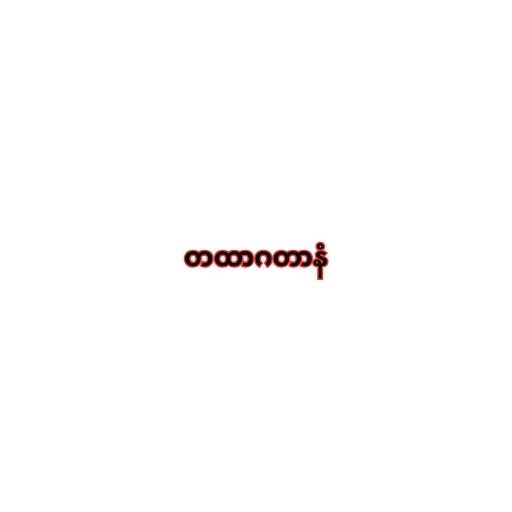
တထာဂတာနံ